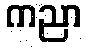
ကညာ